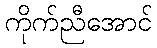
ကိုက်ညီအောင်